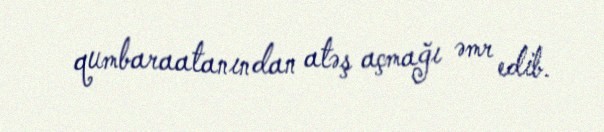
qumbaraatanından atəş açmağı əmr edib.